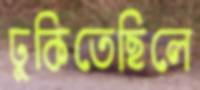
ঢুকিতেছিলে